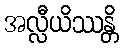
အလ္လီယိဿန္တိ